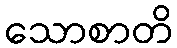
သောစာတိ